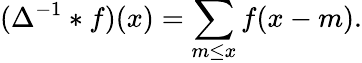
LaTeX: (\Delta^{-1}*f)(x)=\sum_{m\leq x}f(x-m).